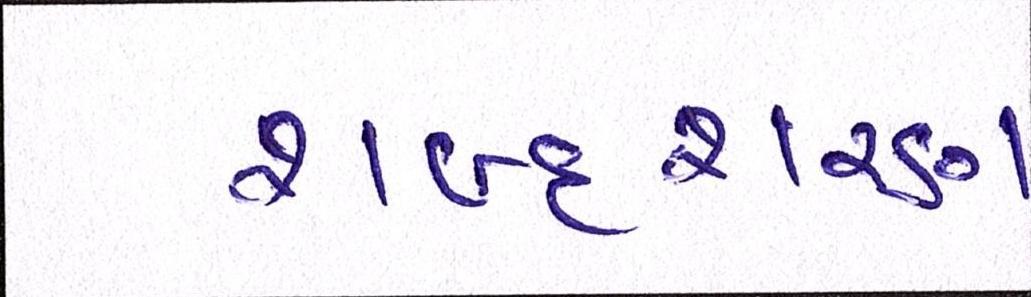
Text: શબ્દશરણ